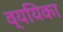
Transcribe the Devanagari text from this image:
व्ययिका